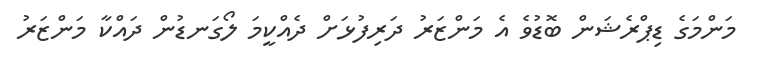
މަންމަގެ ޑިޕްރެޝަން ބޮޑުވެ އެ މަންޒަރު ދަރިފުޅަށް ދެއްކީމަ ލޯގަނޑުން ދައްކާ މަންޒަރު